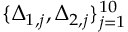
\{ \Delta _ { 1 , j } , \Delta _ { 2 , j } \} _ { j = 1 } ^ { 1 0 }